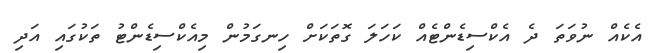
އެކެއް ނުވަތަ ދެ އެކްސިޑެންޓެއް ކަހަލަ ގޮތަކަށް ހިނގަމުން މިއެކްސިޑެންޓު ތަކުގައި އަދި